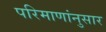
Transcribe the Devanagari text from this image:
परिमाणांनुसार